Indian journal of veterinary science and animal husbandry - Volumes 18-21, 1948-1951
Year: 1948
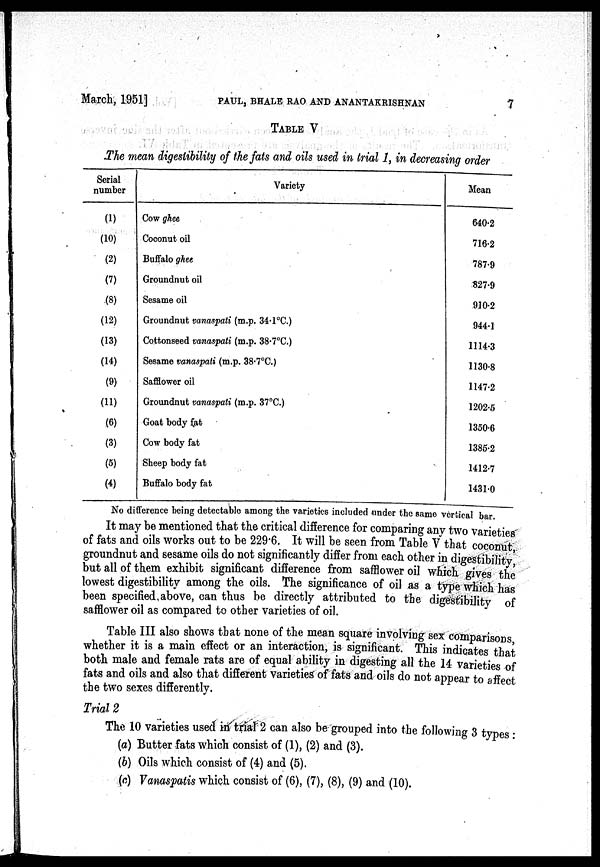
March, 1951] PAUL, BHALE RAO AND ANANTAKRISHNAN 7
TABLE V
The mean digestibility of the fats and oils used in trial 1, in decreasing order
Serial
number
(1)
(10)
(2)
(7)
(8)
(12)
(13)
(14)
(9)
(11)
(6)
(3)
(5)
(4)
Variety
Cow ghee
Coconut oil
Buffalo ghee
Groundnut oil
Sesame oil
Groundnut vanaspati (m.p. 34.1°C.)
Cottonseed vanaspati (m.p. 38.7°C.)
Sesame vanaspati (m.p. 38.7°C.)
Safflower oil
Groundnut vanaspati (m.p. 37°C.)
Goat body fat
Cow body fat
Sheep body fat
Buffalo body fat
Mean
640.2
716.2
787.9
827.9
910.2
944.1
1114.3
1130.8
1147.2
1202.5
1350.6
1385.2
1412.7
1431.0
No difference being detectable among the varieties included under the same vertical bar.
It may be mentioned that the critical difference for comparing any two varieties
of fats and oils works out to be 229.6. It will be seen from Table V that coconut,
groundnut and sesame oils do not significantly differ from each other in digestibility,
but all of them exhibit significant difference from safflower oil which gives the
lowest digestibility among the oils. The significance of oil as a type which has
been specified above, can thus be directly attributed to the digestibility of
safflower oil as compared to other varieties of oil.
Table III also shows that none of the mean square involving sex comparisons,
whether it is a main effect or an interaction, is significant. This indicates that
both male and female rats are of equal ability in digesting all the 14 varieties of
fats and oils and also that different varieties of fats and oils do not appear to affect
the two sexes differently.
Trial 2
The 10 varieties used in trial 2 can also be grouped into the following 3 types :
(a) Butter fats which consist of (1), (2) and (3).
(b) Oils which consist of (4) and (5).
(c) Vanaspatis which consist of (6), (7), (8), (9) and (10).